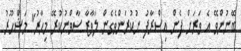
ބޭނުންވޭ އެ ވަރަށް ފެން އިސްރާފު ނުކުރަންވެގެން ލަވާޒާ ސާވްނުކުރޭ މިހާރު" މަޝްހޫރު